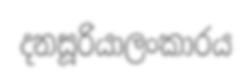
දනසූරියාලංකාරය